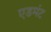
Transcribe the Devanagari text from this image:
एडमंट